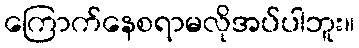
ကြောက်နေစရာမလိုအပ်ပါဘူး။